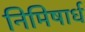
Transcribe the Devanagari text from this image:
निमिषार्ध